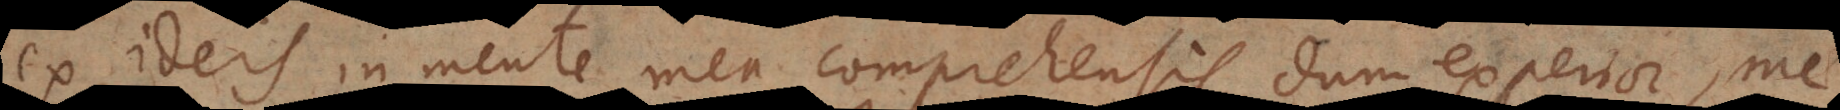
ex ideis in mente mea comprehensis, dum experior, me